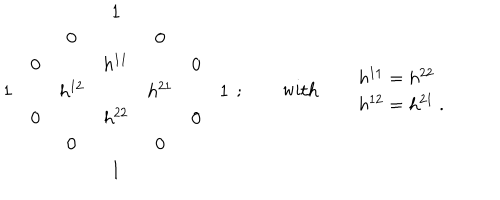
LaTeX: \begin{array} { c c c c c c c } { { } } & { { } } & { { } } & { { 1 } } & { { } } & { { } } & { { } } \\ { { } } & { { } } & { { 0 } } & { { } } & { { 0 } } & { { } } & { { } } \\ { { } } & { { 0 } } & { { } } & { { h ^ { 1 1 } } } & { { } } & { { 0 } } & { { } } \\ { { 1 } } & { { } } & { { h ^ { 1 2 } } } & { { } } & { { h ^ { 2 1 } } } & { { } } & { { 1 } } \\ { { } } & { { 0 } } & { { } } & { { h ^ { 2 2 } } } & { { } } & { { 0 } } & { { } } \\ { { } } & { { } } & { { 0 } } & { { } } & { { 0 } } & { { } } & { { } } \\ { { } } & { { } } & { { } } & { { 1 } } & { { } } & { { } } & { { } } \\ \end{array} \ ; \qquad \mathrm { w i t h } \qquad \begin{array} { l } { { h ^ { 1 1 } = h ^ { 2 2 } } } \\ { { h ^ { 1 2 } = h ^ { 2 1 } \ . } } \\ \end{array}